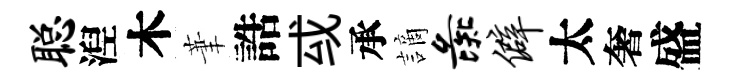
聪湼木茟誥㦯承謫彘僻太奢盛